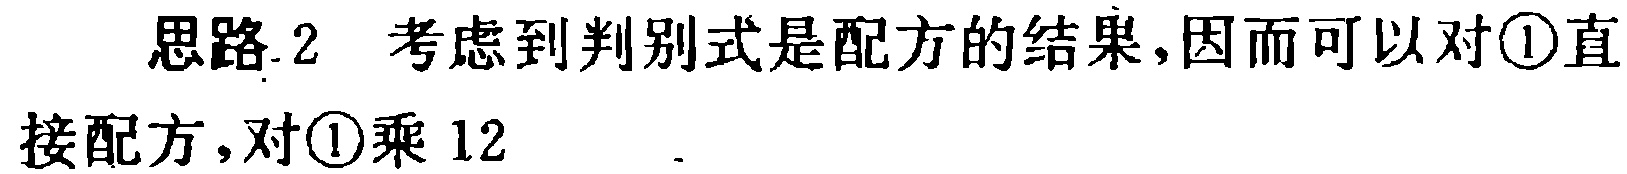
思路2 考虑到判别式是配方的结果,因而可以对\textcircled{1}直接配方,对\textcircled{1}乘 12  ．